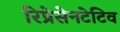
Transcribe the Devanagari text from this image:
रिप्रेसेनटेटिव